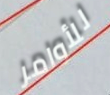
للأوامر